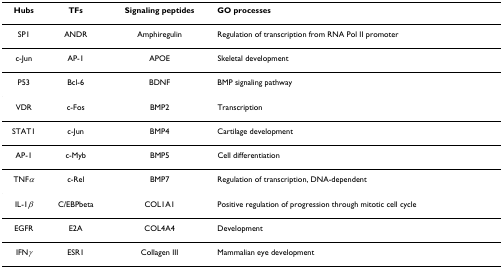
| Hubs | TFs | Signaling peptides | GO processes |
 | --- | --- | --- | --- |
 | SP1 | ANDR | Amphiregulin | Regulation of transcription from RNA Pol II promoter |
 | c-Jun | AP-1 | APOE | Skeletal development |
 | P53 | Bcl-6 | BDNF | BMP signaling pathway |
 | VDR | c-Fos | BMP2 | Transcription |
 | STAT1 | c-Jun | BMP4 | Cartilage development |
 | AP-1 | c-Myb | BMP5 | Cell differentiation |
 | TNFα | c-Rel | BMP7 | Regulation of transcription, DNA-dependent |
 | IL-1β | C/EBPbeta | COL1A1 | Positive regulation of progression through mitotic cell cycle |
 | EGFR | E2A | COL4A4 | Development |
 | IFNγ | ESR1 | Collagen III | Mammalian eye development |